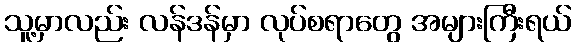
သူ့မှာလည်း လန်ဒန်မှာ လုပ်စရာတွေ အများကြီးရယ်